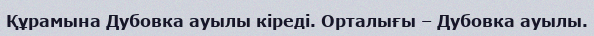
Құрамына Дубовка ауылы кіреді. Орталығы – Дубовка ауылы.